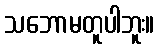
သဘောမတူပါဘူး။